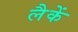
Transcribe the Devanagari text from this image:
लैकें